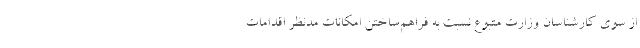
از سوی کارشناسان وزارت متبوع نسبت به فراهم‌ساختن امکانات مدنظر اقدامات